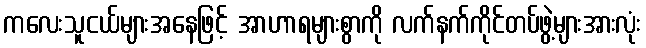
ကလေးသူငယ်များအနေဖြင့် အာဟာရများစွာကို လက်နက်ကိုင်တပ်ဖွဲ့များအားလုံး